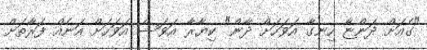
"ގެއަށް ދަންޏާ ހިނގާ އަވަހަށް ދާން" ކިޔާރާ އަވަސް އަވަހަށް އަނެއް ފަރާތަށް